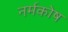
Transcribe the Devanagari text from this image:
नर्मकोष